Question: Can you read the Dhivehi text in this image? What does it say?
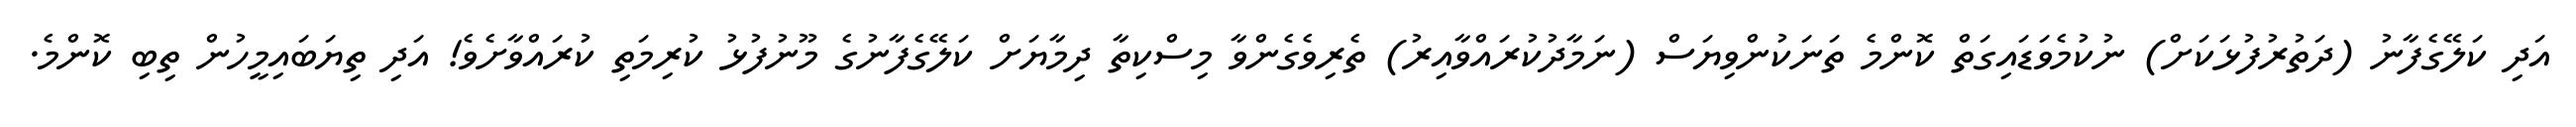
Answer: އަދި ކަލޭގެފާނު (ދަތުރުފުޅަކަށް) ނުކުމެވަޑައިގަތް ކޮންމެ ތަނަކުންވިޔަސް (ނަމާދުކުރައްވާއިރު) ތެރިވެގެންވާ މިސްކިތާ ދިމާޔަށް ކަލޭގެފާނުގެ މޫނުފުޅު ކުރިމަތި ކުރައްވާށެވެ! އަދި ތިޔަބައިމީހުން ތިބި ކޮންމެ.